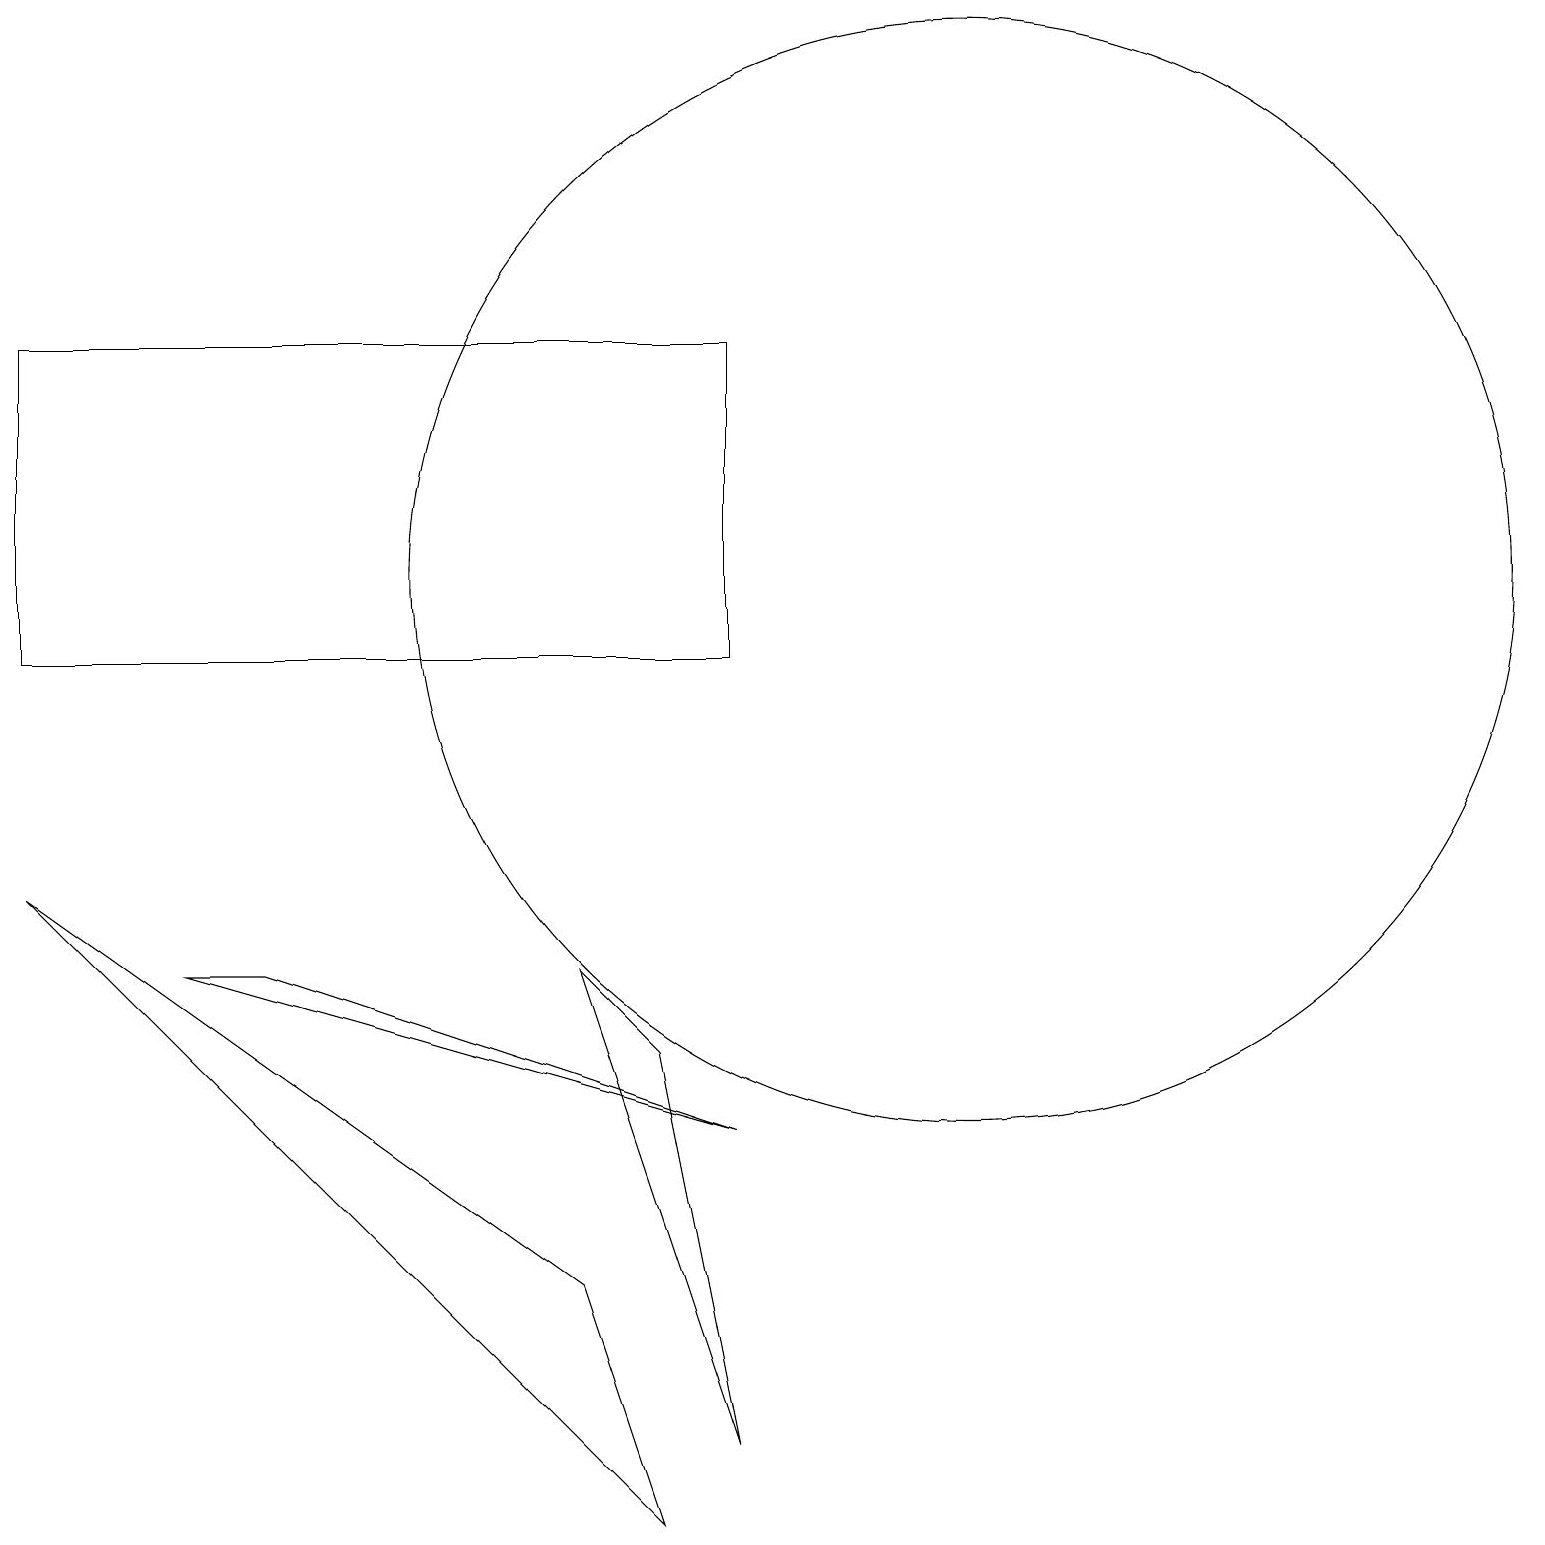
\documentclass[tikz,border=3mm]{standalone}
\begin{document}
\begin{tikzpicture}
\draw (7,7) -- (9,1) -- (8,6) -- cycle;
\draw (0,11) rectangle (9,15);
\draw (0,8) -- (7,3) -- (8,0) -- cycle;
\draw (12,12) circle (7);
\draw (2,7) -- (3,7) -- (9,5) -- cycle;
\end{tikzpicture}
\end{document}